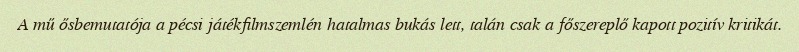
A mű ősbemutatója a pécsi játékfilmszemlén hatalmas bukás lett, talán csak a főszereplő kapott pozitív kritikát.